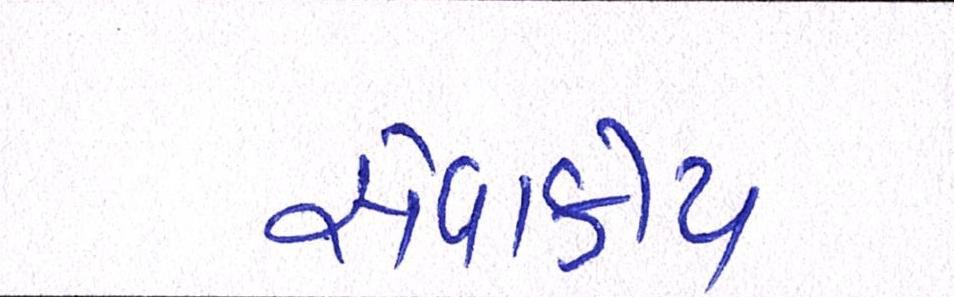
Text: સેવાકીય